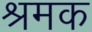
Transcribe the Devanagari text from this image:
श्रमक